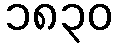
၁၈၃၀